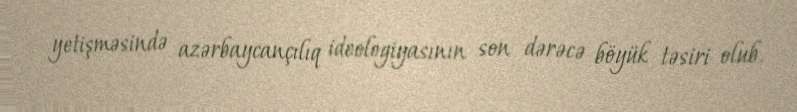
yetişməsində azərbaycançılıq ideologiyasının son dərəcə böyük təsiri olub.